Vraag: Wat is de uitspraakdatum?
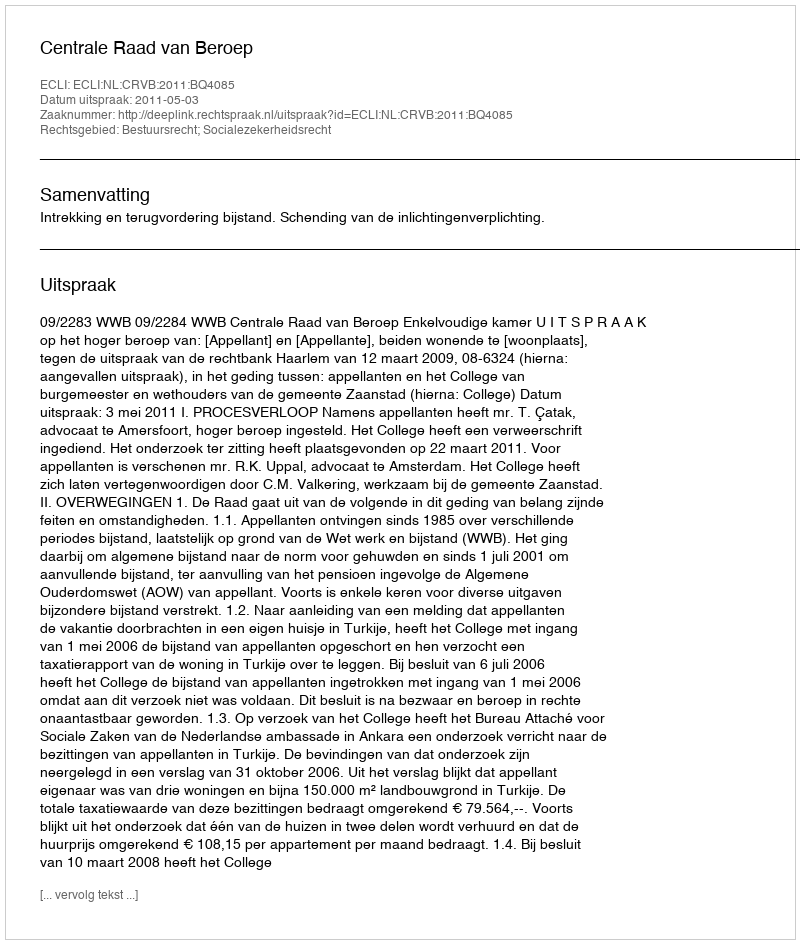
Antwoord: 2011-05-03